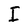
Character: I